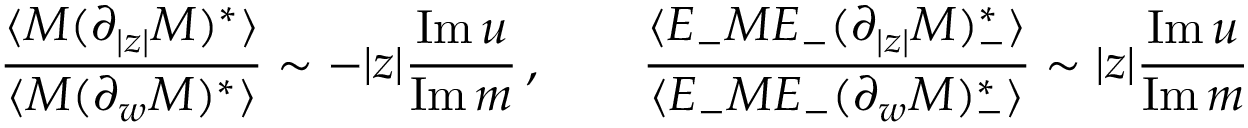
\frac { \langle M ( \partial _ { | z | } M ) ^ { * } \rangle } { \langle M ( \partial _ { w } M ) ^ { * } \rangle } \sim - | z | \frac { \mathrm { I m } \, u } { \mathrm { I m } \, m } \, , \qquad \frac { \langle E _ { - } M E _ { - } ( \partial _ { | z | } M ) _ { - } ^ { * } \rangle } { \langle E _ { - } M E _ { - } ( \partial _ { w } M ) _ { - } ^ { * } \rangle } \sim | z | \frac { \mathrm { I m } \, u } { \mathrm { I m } \, m }